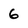
Character: 6